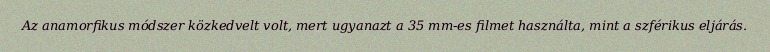
Az anamorfikus módszer közkedvelt volt, mert ugyanazt a 35 mm-es filmet használta, mint a szférikus eljárás.